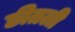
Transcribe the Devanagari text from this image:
छीतली